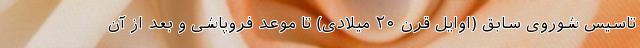
تاسیس شوروی سابق (اوایل قرن ۲۰ میلادی) تا موعد فروپاشی و بعد از آن